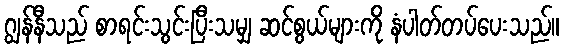
ဂျွန်နီသည် စာရင်းသွင်းပြီးသမျှ ဆင်စွယ်များကို နံပါတ်တပ်ပေးသည်။